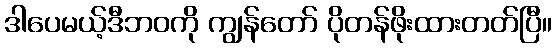
ဒါပေမယ့်ဒီဘဝကို ကျွန်တော် ပိုတန်ဖိုးထားတတ်ပြီ။